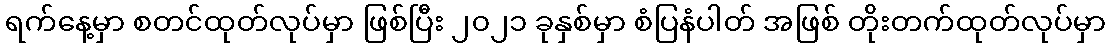
ရက်နေ့မှာ စတင်ထုတ်လုပ်မှာ ဖြစ်ပြီး ၂၀၂၁ ခုနှစ်မှာ စံပြနံပါတ် အဖြစ် တိုးတက်ထုတ်လုပ်မှာ